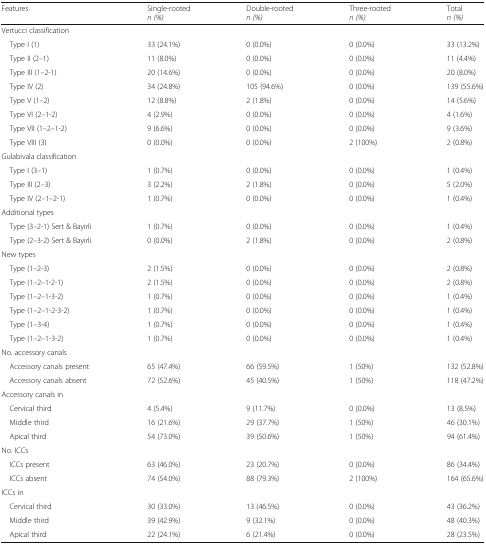
<table><thead><tr><td><b>Features</b></td><td><b>Single-rooted<i>n (%)</i></b></td><td><b>Double-rooted<i>n (%)</i></b></td><td><b>Three-rooted<i>n (%)</i></b></td><td><b>Total<i>n (%)</i></b></td></tr></thead><tbody><tr><td colspan="5">Vertucci classification</td></tr><tr><td> Type I (1)</td><td>33 (24.1%)</td><td>0 (0.0%)</td><td>0 (0.0%)</td><td>33 (13.2%)</td></tr><tr><td> Type II (2–1)</td><td>11 (8.0%)</td><td>0 (0.0%)</td><td>0 (0.0%)</td><td>11 (4.4%)</td></tr><tr><td> Type III (1–2-1)</td><td>20 (14.6%)</td><td>0 (0.0%)</td><td>0 (0.0%)</td><td>20 (8.0%)</td></tr><tr><td> Type IV (2)</td><td>34 (24.8%)</td><td>105 (94.6%)</td><td>0 (0.0%)</td><td>139 (55.6%)</td></tr><tr><td> Type V (1–2)</td><td>12 (8.8%)</td><td>2 (1.8%)</td><td>0 (0.0%)</td><td>14 (5.6%)</td></tr><tr><td> Type VI (2–1-2)</td><td>4 (2.9%)</td><td>0 (0.0%)</td><td>0 (0.0%)</td><td>4 (1.6%)</td></tr><tr><td> Type VII (1–2–1-2)</td><td>9 (6.6%)</td><td>0 (0.0%)</td><td>0 (0.0%)</td><td>9 (3.6%)</td></tr><tr><td> Type VIII (3)</td><td>0 (0.0%)</td><td>0 (0.0%)</td><td>2 (100%)</td><td>2 (0.8%)</td></tr><tr><td colspan="5">Gulabivala classification</td></tr><tr><td> Type I (3–1)</td><td>1 (0.7%)</td><td>0 (0.0%)</td><td>0 (0.0%)</td><td>1 (0.4%)</td></tr><tr><td> Type III (2–3)</td><td>3 (2.2%)</td><td>2 (1.8%)</td><td>0 (0.0%)</td><td>5 (2.0%)</td></tr><tr><td> Type IV (2–1–2-1)</td><td>1 (0.7%)</td><td>0 (0.0%)</td><td>0 (0.0%)</td><td>1 (0.4%)</td></tr><tr><td colspan="5">Additional types</td></tr><tr><td> Type (3–2-1) Sert &amp; Bayirli</td><td>1 (0.7%)</td><td>0 (0.0%)</td><td>0 (0.0%)</td><td>1 (0.4%)</td></tr><tr><td> Type (2–3-2) Sert &amp; Bayirli</td><td>0 (0.0%)</td><td>2 (1.8%)</td><td>0 (0.0%)</td><td>2 (0.8%)</td></tr><tr><td colspan="5">New types</td></tr><tr><td> Type (1–2-3)</td><td>2 (1.5%)</td><td>0 (0.0%)</td><td>0 (0.0%)</td><td>2 (0.8%)</td></tr><tr><td> Type (1–2–1-2-1)</td><td>2 (1.5%)</td><td>0 (0.0%)</td><td>0 (0.0%)</td><td>2 (0.8%)</td></tr><tr><td> Type (1–2–1-3-2)</td><td>1 (0.7%)</td><td>0 (0.0%)</td><td>0 (0.0%)</td><td>1 (0.4%)</td></tr><tr><td> Type (1–2–1-2-3-2)</td><td>1 (0.7%)</td><td>0 (0.0%)</td><td>0 (0.0%)</td><td>1 (0.4%)</td></tr><tr><td> Type (1–3-4)</td><td>1 (0.7%)</td><td>0 (0.0%)</td><td>0 (0.0%)</td><td>1 (0.4%)</td></tr><tr><td> Type (1–2–1-3-2)</td><td>1 (0.7%)</td><td>0 (0.0%)</td><td>0 (0.0%)</td><td>1 (0.4%)</td></tr><tr><td colspan="5">No. accessory canals</td></tr><tr><td> Accessory canals present</td><td>65 (47.4%)</td><td>66 (59.5%)</td><td>1 (50%)</td><td>132 (52.8%)</td></tr><tr><td> Accessory canals absent</td><td>72 (52.6%)</td><td>45 (40.5%)</td><td>1 (50%)</td><td>118 (47.2%)</td></tr><tr><td colspan="5">Accessory canals in</td></tr><tr><td> Cervical third</td><td>4 (5.4%)</td><td>9 (11.7%)</td><td>0 (0.0%)</td><td>13 (8.5%)</td></tr><tr><td> Middle third</td><td>16 (21.6%)</td><td>29 (37.7%)</td><td>1 (50%)</td><td>46 (30.1%)</td></tr><tr><td> Apical third</td><td>54 (73.0%)</td><td>39 (50.6%)</td><td>1 (50%)</td><td>94 (61.4%)</td></tr><tr><td colspan="5">No. ICCs</td></tr><tr><td> ICCs present</td><td>63 (46.0%)</td><td>23 (20.7%)</td><td>0 (0.0%)</td><td>86 (34.4%)</td></tr><tr><td> ICCs absent</td><td>74 (54.0%)</td><td>88 (79.3%)</td><td>2 (100%)</td><td>164 (65.6%)</td></tr><tr><td colspan="5">ICCs in</td></tr><tr><td> Cervical third</td><td>30 (33.0%)</td><td>13 (46.5%)</td><td>0 (0.0%)</td><td>43 (36.2%)</td></tr><tr><td> Middle third</td><td>39 (42.9%)</td><td>9 (32.1%)</td><td>0 (0.0%)</td><td>48 (40.3%)</td></tr><tr><td> Apical third</td><td>22 (24.1%)</td><td>6 (21.4%)</td><td>0 (0.0%)</td><td>28 (23.5%)</td></tr></tbody></table>